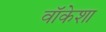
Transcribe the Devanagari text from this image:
वॉकेशा